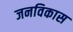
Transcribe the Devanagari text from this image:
जनविकास